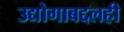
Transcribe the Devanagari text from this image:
उद्योगाबद्दलही